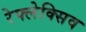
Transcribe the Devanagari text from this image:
रेफ्लेक्सिव